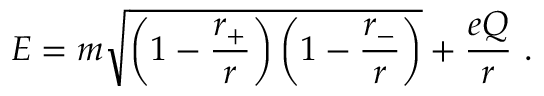
E = m \sqrt { \left( 1 - { \frac { r _ { + } } { r } } \right) \left( 1 - { \frac { r _ { - } } { r } } \right) } + { \frac { e Q } { r } } ~ .